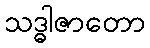
သဒ္ဓါဇာတော